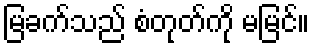
မြခက်သည် စံတုတ်ကို မမြင်။